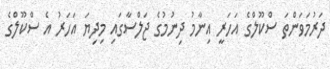
ދަރުމަވަންތަ ސްކޫލްގެ އަހަރީ އިނާމު ދިނުމުގެ ޖަލްސާގައި މިދިޔަ އަހަރު އެ ސްކޫލްގެ